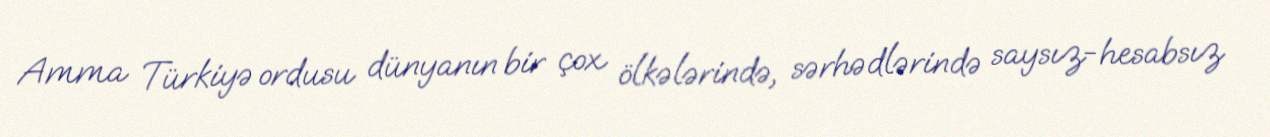
Amma Türkiyə ordusu dünyanın bir çox ölkələrində, sərhədlərində saysız-hesabsız